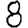
Digit: 8